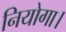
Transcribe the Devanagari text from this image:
नियोगा।